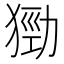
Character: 𤠃